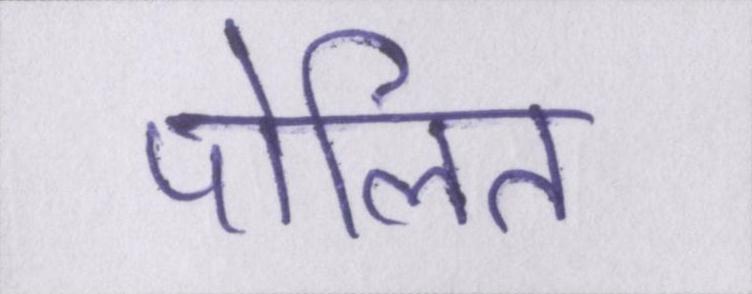
पोलित